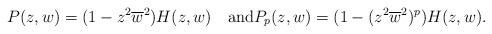
LaTeX: \begin{align*} P(z,w)=(1-z^2\overline{w}^2) H(z,w)\quad\textrm{and}P_p(z,w)=(1-(z^2\overline{w}^2)^p) H(z,w). \end{align*}